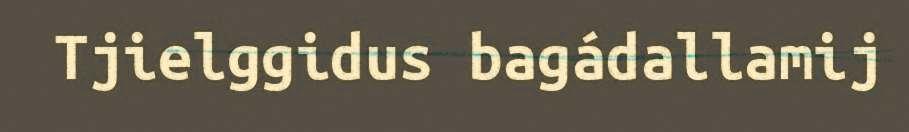
Tjielggidus bagádallamij